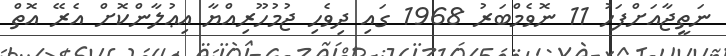
ނަތީޖާއަށްފަހު 11 ނޮވެމްބަރު 1968 ގައި ދިވެހި ޖުމުހޫރިއްޔާ އިޢުލާންކޮށް އެރޭ އޮތް